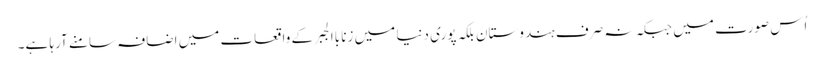
اُس صورت میں جبکہ نہ صرف ہندوستان بلکہ پوری دنیا میں زنا باالجبر کے واقعات میں اضافہ سامنے آرہا ہے۔